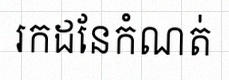
រកដែនកំណត់